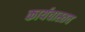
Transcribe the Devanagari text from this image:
कार्यवास्तव